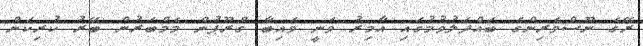
ރޭގެ ނޫސްވެރިންގެ ބައްދަލުވުމުގައި އާމިރު ވަނީ ވައިބާ ގްރޫޕުން މެމްބަރުން ބޭރު ކުރިކަން